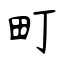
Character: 町